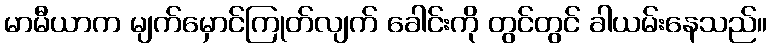
မာမီယာက မျက်မှောင်ကြုတ်လျက် ခေါင်းကို တွင်တွင် ခါယမ်းနေသည်။